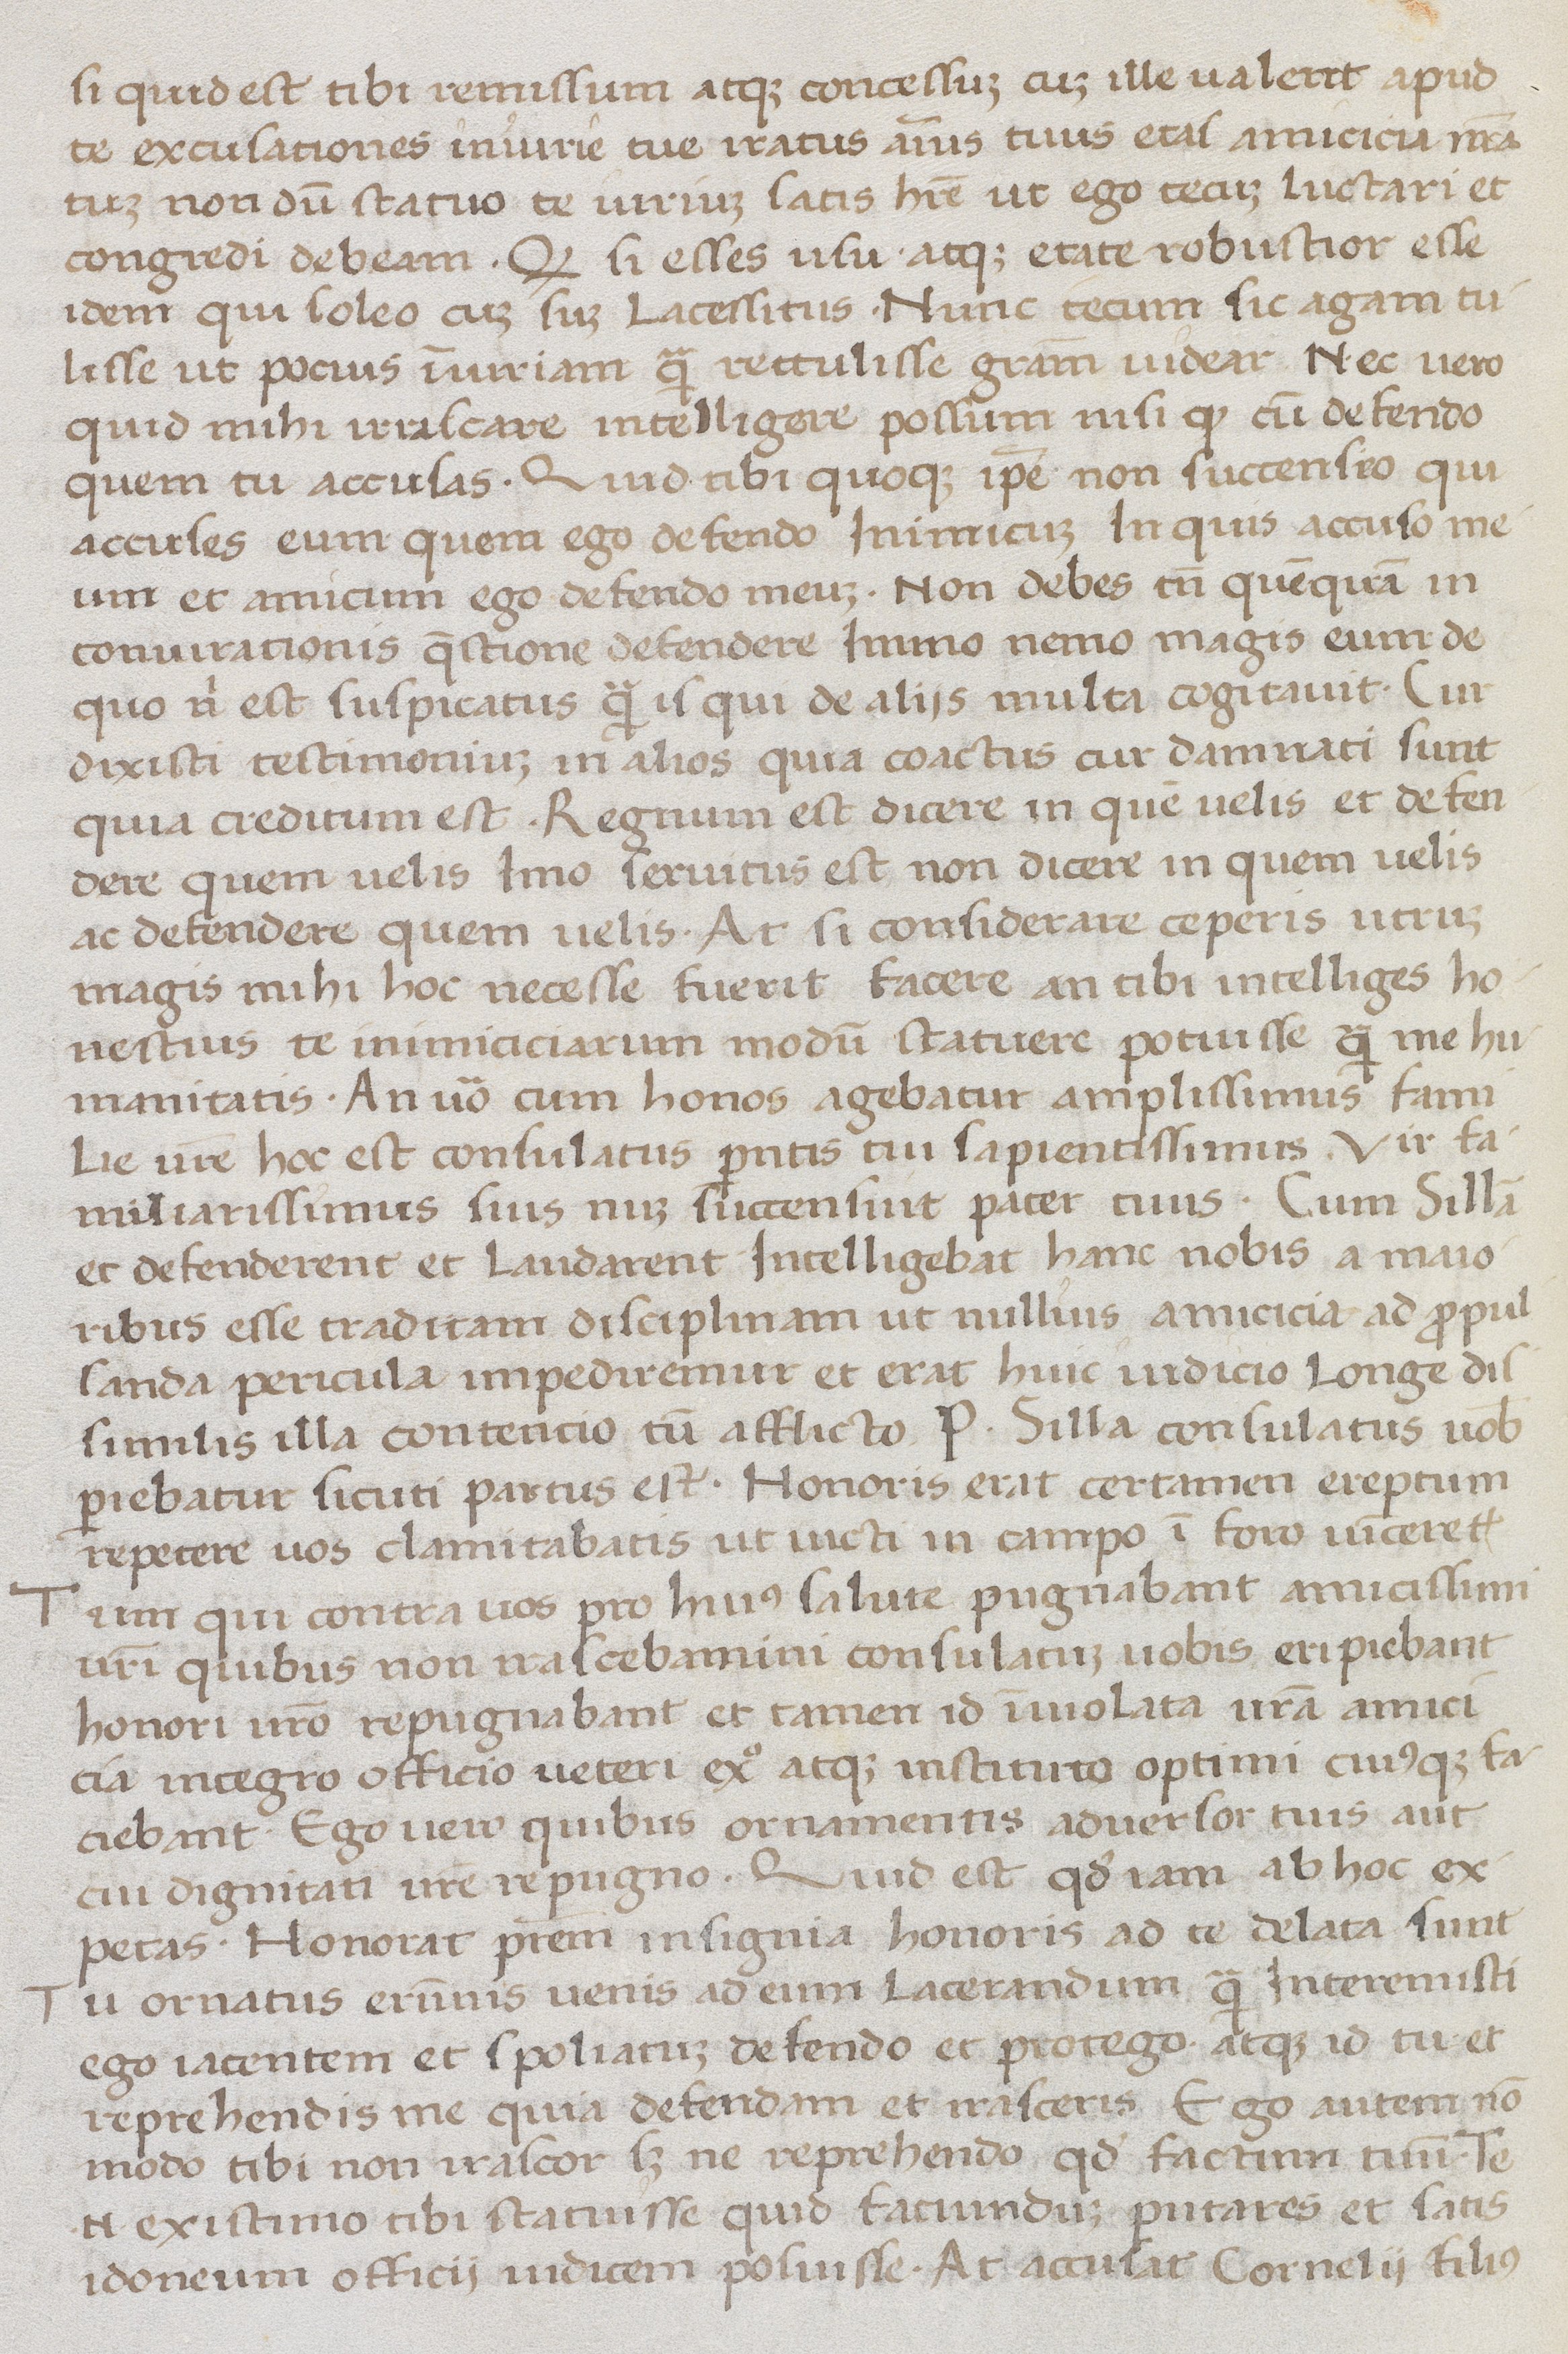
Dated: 1400–1499